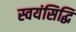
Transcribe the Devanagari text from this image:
स्वयंसिद्धि